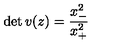
\det v ( z ) = \displaystyle { \frac { x _ { - } ^ { 2 } } { x _ { + } ^ { 2 } } }